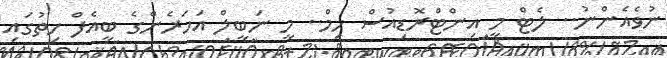
ނުވެއެންނު.. ލެޓް މީ އިންޓްރޮޑިއުސް ހިމް.. މީ ނަބީލް އަހަރެންގެ ބީއެފްް ހިތުގައި